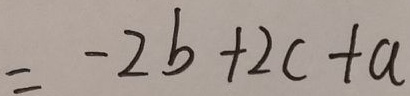
= - 2 b + 2 c + a